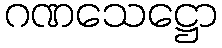
ဂဏသေဋ္ဌော